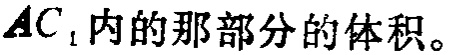
$AC_{1}$内的那部分的体积。